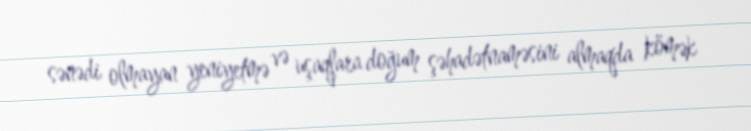
sənədi olmayan yeniyetmə və uşaqlara doğum şəhadətnaməsini almaqda kömək